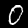
Label: 0